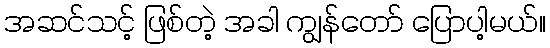
အဆင်သင့် ဖြစ်တဲ့ အခါ ကျွန်တော် ပြောပါ့မယ်။